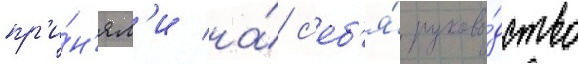
пр'и́н'ял'и на́ с'еб'я́ руково́дство